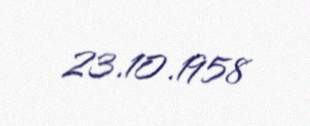
23.10.1958